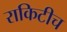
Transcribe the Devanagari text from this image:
राकिटीच